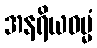
အနရိယဓမ္မံ